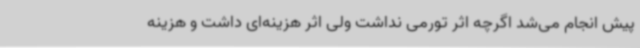
پیش انجام می‌شد اگرچه اثر تورمی نداشت ولی اثر هزینه‌ای داشت و هزینه